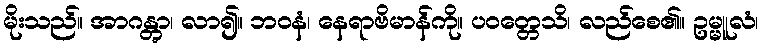
မိုးသည်။ အာဂန္တွာ၊ လာ၍။ ဘဝနံ၊ နေရာဗိမာန်ကို။ ပဝတ္တေသိ၊ လည်စေ၏။ ဥမ္မူလံ၊